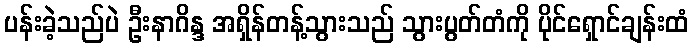
ပန်းခဲ့သည်ပဲ ဦးနာဂိန္ဒ အရှိန်တန့်သွားသည် သွားပွတ်တံကို ပိုင်ရှောင်ချန်းထံ